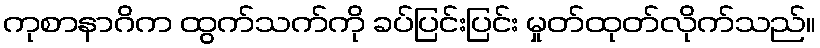
ကုစာနာဂိက ထွက်သက်ကို ခပ်ပြင်းပြင်း မှုတ်ထုတ်လိုက်သည်။